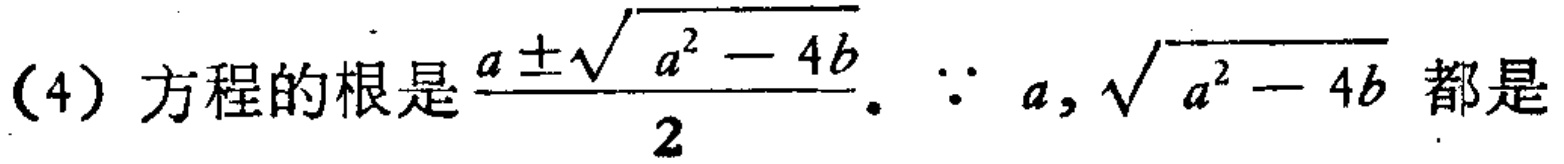
(4) 方程的根是$\frac{a\pm\sqrt{a^{2}-4b}}{2}$. $\because a, \sqrt{a^{2}-4b}$ 都是